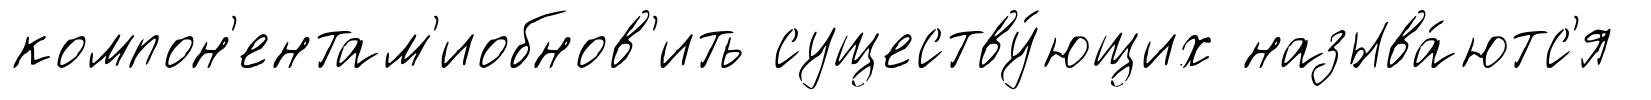
компон'ентам'иобнов'ить существу́ющих называ́ютс'я